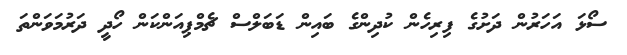
ސޯޅަ އަހަރުން ދަށުގެ ފިރިހެން ކުދިންގެ ބައިން ޑަބަލްސް ޗެމްޕިއަންކަން ހޯދީ ދަރުމަވަންތަ